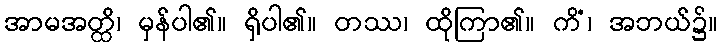
အာမအတ္ထိ၊ မှန်ပါ၏။ ရှိပါ၏။ တဿ၊ ထိုကြာ၏။ ကိံ၊ အဘယ်၌။